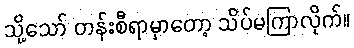
သို့သော် တန်းစီရာမှာတော့ သိပ်မကြာလိုက်။